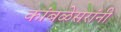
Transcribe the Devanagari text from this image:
कांबळेसरांनी